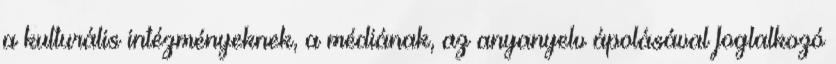
a kulturális intézményeknek, a médiának, az anyanyelv ápolásával foglalkozó